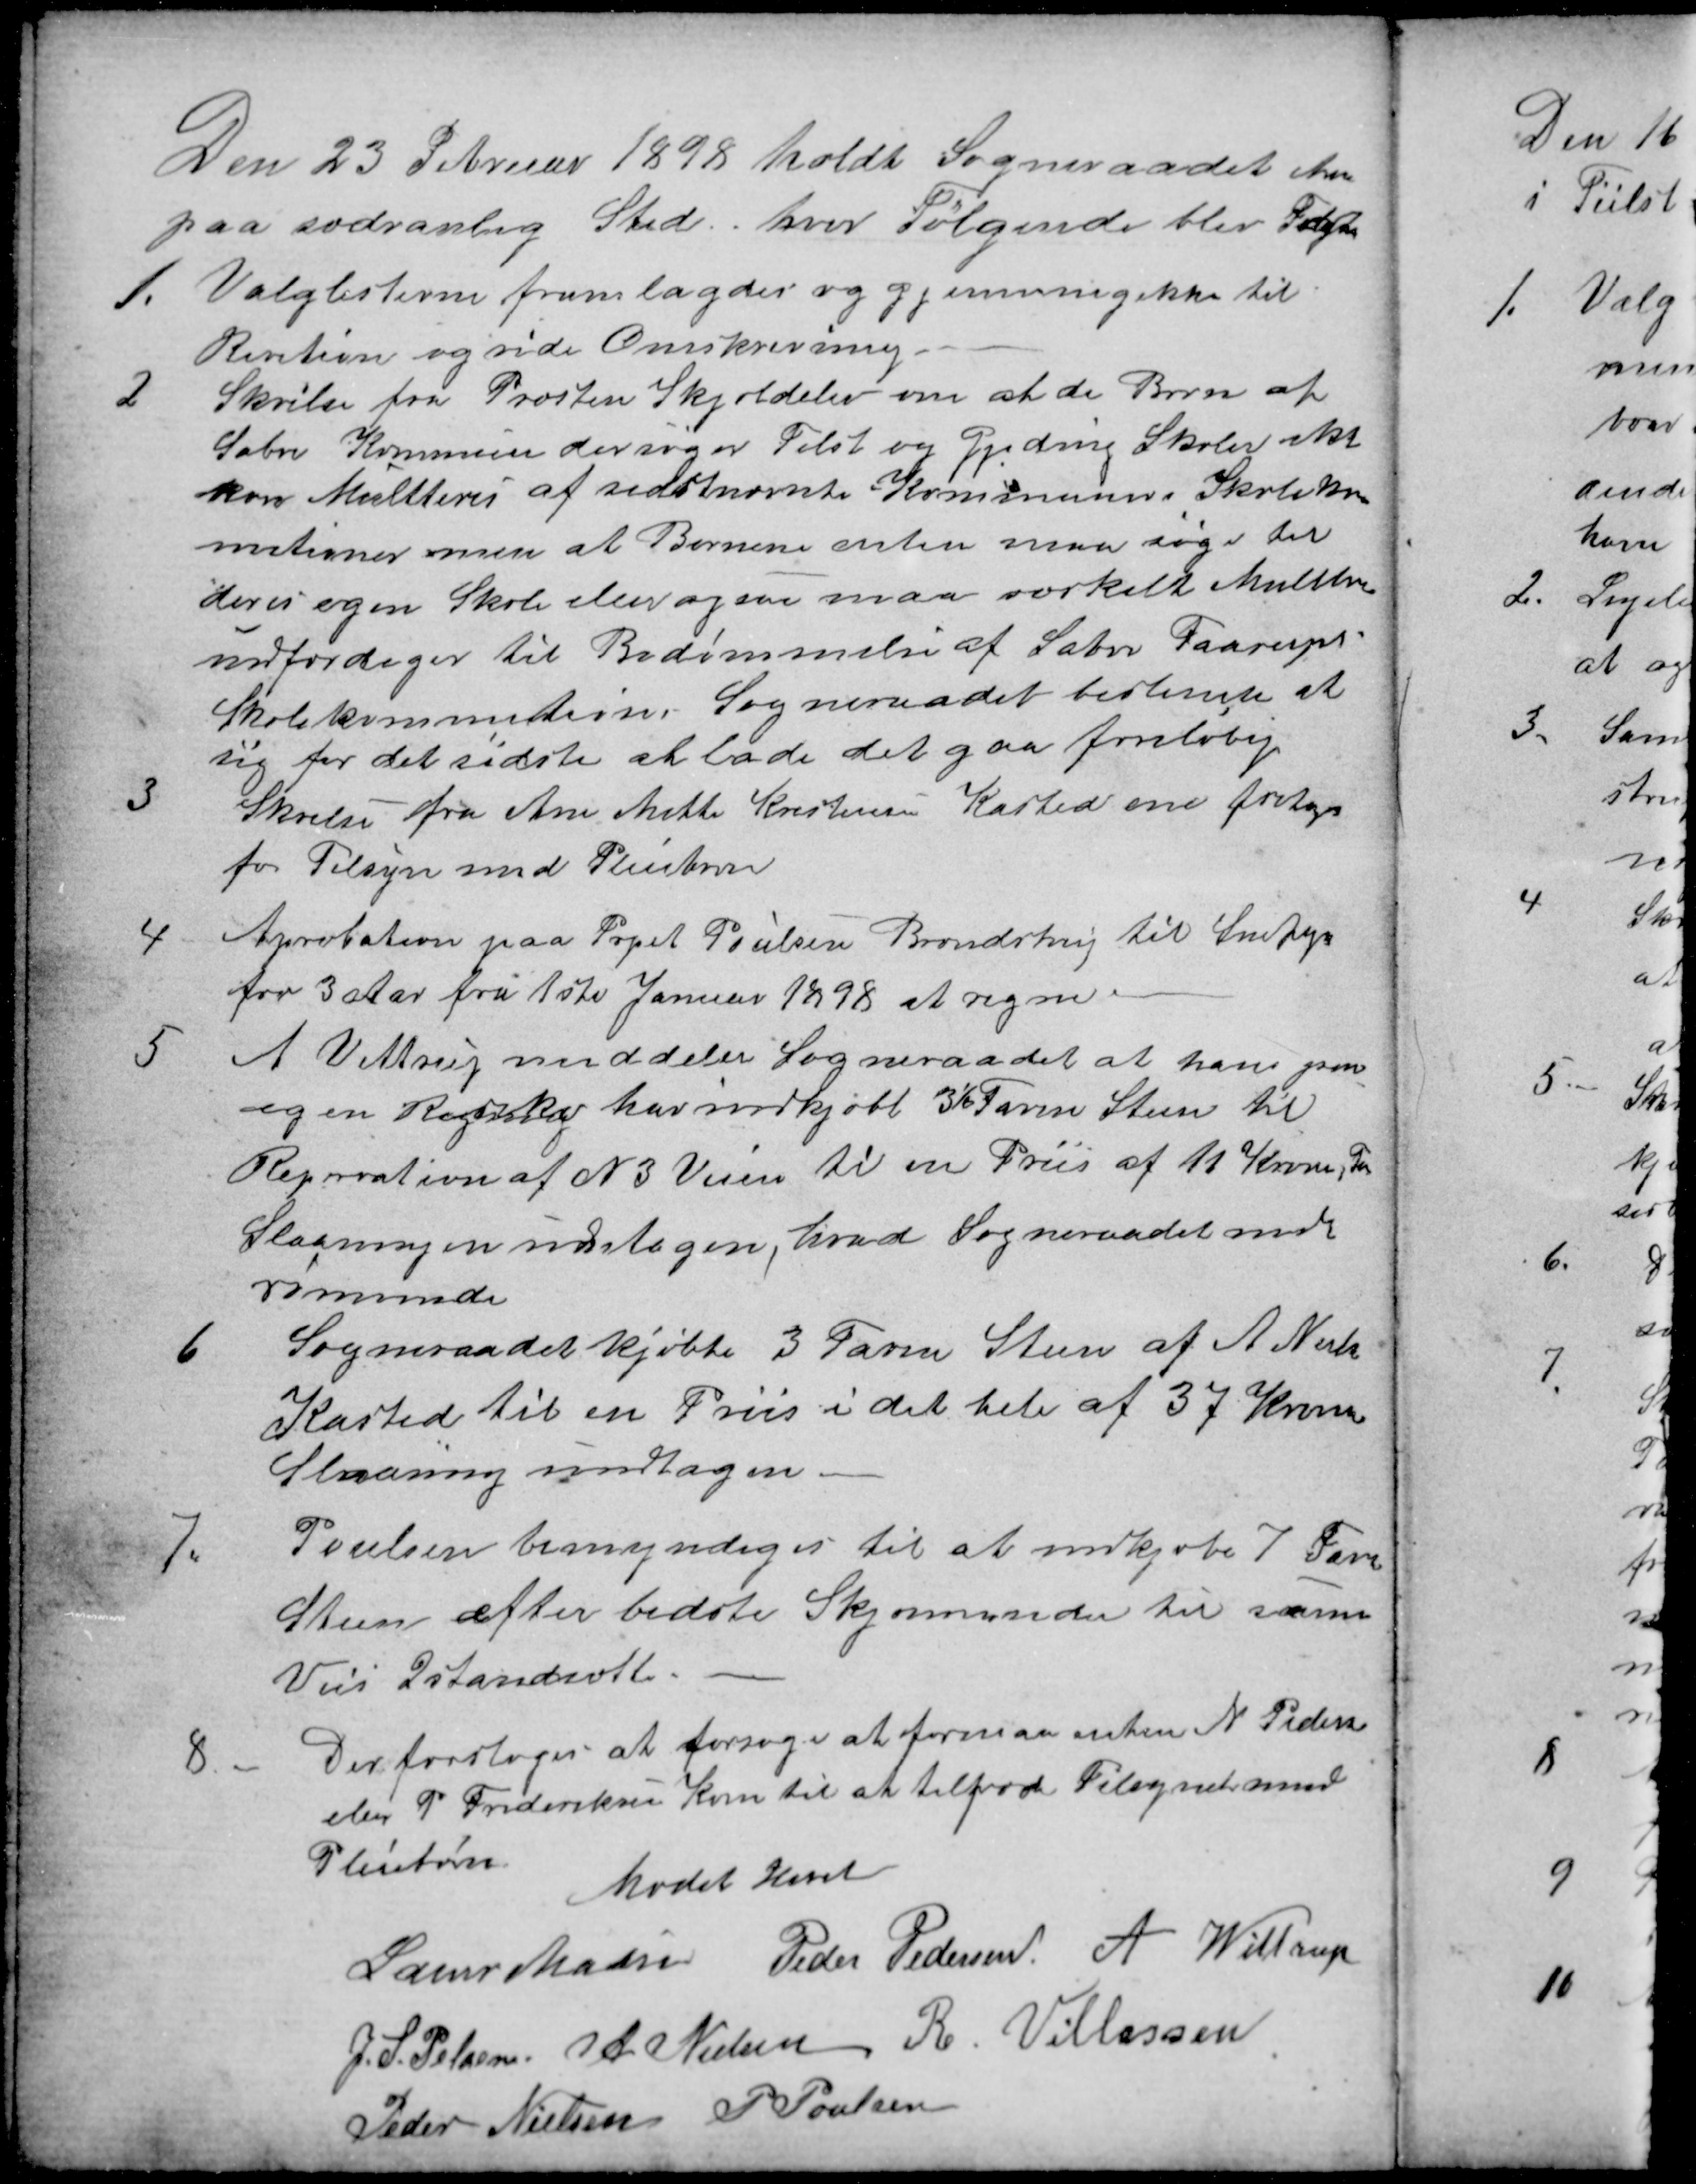
Transskription:
Den 23 Februar 1898 holdt Sogneraadet Møde
paa sædvanlig Sted. hvor Følgende blev Forh
1.
Valglisterne fremlagdes og gjennemgikkes til
Revition og siden Omskrivning.
2
Skrilse fra Præsten Skjoldelev om at de Børn af
Sabro Kommune der søger Tilst og Gjeding Skoler ikke
kan Multteres af sidstnævnte Kommune i Skolekom
mitioner men at Børnene enten maa søge til
deres egen Skole eller ogsaa maa særskilt Multtere
udfærdiges til Bedømmelse af Sabro Faarups
Skolekommition. Sogneraadet bestemte at
sig for det sidste at lade det gaa foreløbig
3
Skrilse fra Ane Mette Kristensen Kasted om fritages
for Tilsyn med Pleiebørn
4
Aprobation paa Prpet Poulsen Brendstrup til Snefogd
for 3 Aar fra 1ste Januar 1898 at regne.
5
A Vittrup meddeler Sogneraadet at han paa
egen Regnskab har indkjøbt 3½ Favne Steen til
Reparation af N 3 Veien til en Priis af 11 Kroner, For
Slaaningen undtagen, hvad Sogneraadet ind
rømmede
6
Sogneraadet kjøbte 3 Favne Steen af A. Nielsen
Kasted til en Priis i det hele af 37 Kroner
Slaaning undtagen.
7.
Poulsen bemyndiges til at indkjøbe 7 Favn
Steen efter bedste Skjønneden til samme
Veis Istandsætt.
8
Der forsloges at forsøge at formaa enten N. Pedersen
eller P Frederiksen Kone til at tilføre Tilsynet med
Pleiebørn
Mødet hævet
Laurs Madsen
Peder Pedersen
A Wittrup
J. S. Pelsen
A. Nielsen
R. Villassen
Peder Nielsen
P Poulsen